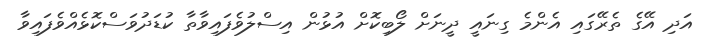
އަދި އޭގެ ތެރޭގައި އެންމެ ގިނައީ ދީނަށް ލޯބިކޮށް އުޅުން އިސްލުވެފައިވާތާ ކުޑަދުވަސްކޮޅެއްވެފައިވާ